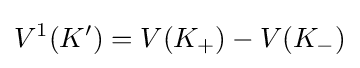
V^{1}(K')=V(K_{+})-V(K_{-})